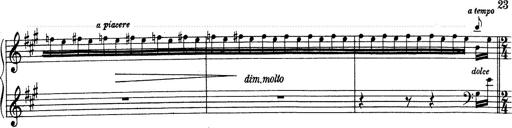
Title: RÃ©miniscences de Don Juan
Composer: Franz Liszt